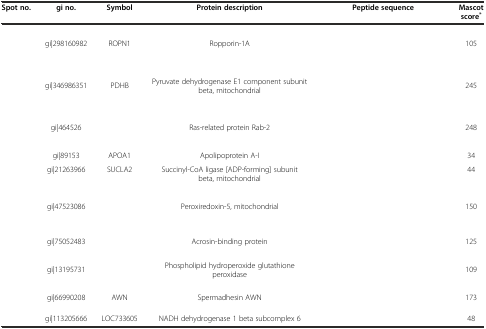
<table><thead><tr><td><b>Spot no.</b></td><td><b>gi no.</b></td><td><b>Symbol</b></td><td><b>Protein description</b></td><td><b>Peptide sequence</b></td><td><b>Mascot score<sup>*</sup></b></td></tr></thead><tbody><tr><td rowspan="3">[EMPTY_CELL]</td><td rowspan="3">gi|298160982</td><td rowspan="3">ROPN1</td><td rowspan="3">Ropporin-1A</td><td>[EMPTY_CELL]</td><td rowspan="3">105</td></tr><tr><td>[EMPTY_CELL]</td></tr><tr><td>[EMPTY_CELL]</td></tr><tr><td rowspan="3">[EMPTY_CELL]</td><td rowspan="3">gi|346986351</td><td rowspan="3">PDHB</td><td rowspan="3">Pyruvate dehydrogenase E1 component subunit beta, mitochondrial</td><td>[EMPTY_CELL]</td><td rowspan="3">245</td></tr><tr><td>[EMPTY_CELL]</td></tr><tr><td>[EMPTY_CELL]</td></tr><tr><td rowspan="3">[EMPTY_CELL]</td><td rowspan="3">gi|464526</td><td rowspan="3">[EMPTY_CELL]</td><td rowspan="3">Ras-related protein Rab-2</td><td>[EMPTY_CELL]</td><td rowspan="3">248</td></tr><tr><td>[EMPTY_CELL]</td></tr><tr><td>[EMPTY_CELL]</td></tr><tr><td>[EMPTY_CELL]</td><td>gi|89153</td><td>APOA1</td><td>Apolipoprotein A-I</td><td>[EMPTY_CELL]</td><td>34</td></tr><tr><td>[EMPTY_CELL]</td><td>gi|21263966</td><td>SUCLA2</td><td>Succinyl-CoA ligase [ADP-forming] subunit beta, mitochondrial</td><td>[EMPTY_CELL]</td><td>44</td></tr><tr><td rowspan="3">[EMPTY_CELL]</td><td rowspan="3">gi|47523086</td><td rowspan="3">[EMPTY_CELL]</td><td rowspan="3">Peroxiredoxin-5, mitochondrial</td><td>[EMPTY_CELL]</td><td rowspan="3">150</td></tr><tr><td>[EMPTY_CELL]</td></tr><tr><td>[EMPTY_CELL]</td></tr><tr><td rowspan="2">[EMPTY_CELL]</td><td rowspan="2">gi|75052483</td><td rowspan="2">[EMPTY_CELL]</td><td rowspan="2">Acrosin-binding protein</td><td>[EMPTY_CELL]</td><td rowspan="2">125</td></tr><tr><td>[EMPTY_CELL]</td></tr><tr><td rowspan="2">[EMPTY_CELL]</td><td rowspan="2">gi|13195731</td><td rowspan="2">[EMPTY_CELL]</td><td rowspan="2">Phospholipid hydroperoxide glutathione peroxidase</td><td>[EMPTY_CELL]</td><td rowspan="2">109</td></tr><tr><td>[EMPTY_CELL]</td></tr><tr><td rowspan="2">[EMPTY_CELL]</td><td rowspan="2">gi|66990208</td><td rowspan="2">AWN</td><td rowspan="2">Spermadhesin AWN</td><td>[EMPTY_CELL]</td><td rowspan="2">173</td></tr><tr><td>[EMPTY_CELL]</td></tr><tr><td>[EMPTY_CELL]</td><td>gi|113205666</td><td>LOC733605</td><td>NADH dehydrogenase 1 beta subcomplex 6</td><td>[EMPTY_CELL]</td><td>48</td></tr></tbody></table>